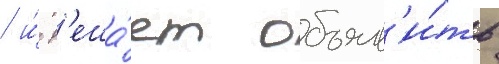
/ и́ р'еша́ет объяв'и́ть